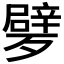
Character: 𣩩